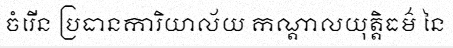
ចំរើន ប្រធានការិយាល័យ កណ្តាលយុត្តិធម៌ នៃ